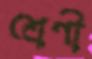
শ্রেণী